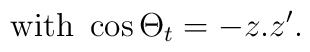
{\rm with}\ \cos \Theta _{t}= -z.z^{\prime}.